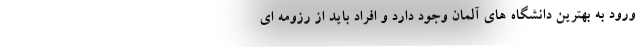
ورود به بهترین دانشگاه های آلمان وجود دارد و افراد باید از رزومه ای